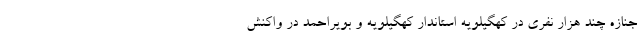
جنازه چند هزار نفری در کهگیلویه استاندار کهگیلویه و بویراحمد در واکنش